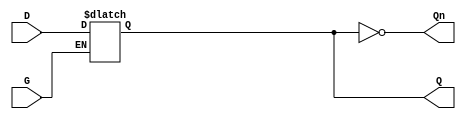
module gated_latch (
    input wire D,  // Data input
    input wire G,  // Gate/Enable signal
    output reg Q,  // Output
    output wire Qn // Complement of the output
);

    assign Qn = ~Q; // Complement output

    always @(*) begin
        if (G) begin
            Q = D; // Latch is transparent, follow the input D
        end
        // If G is LOW, Q retains its previous value (latching behavior)
    end

endmodule